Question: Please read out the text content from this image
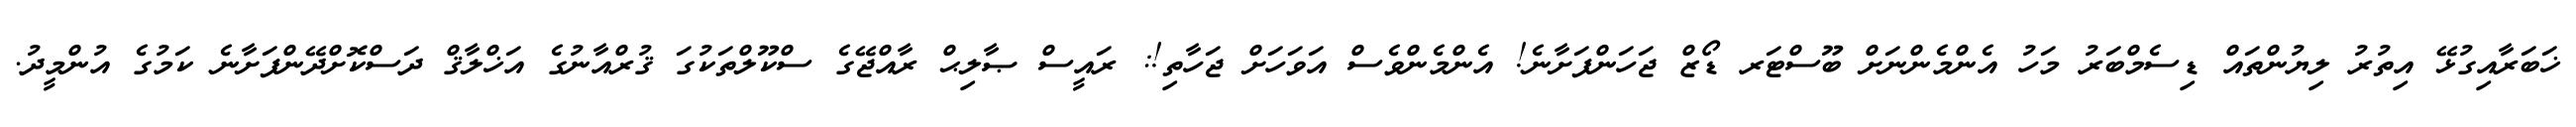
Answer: ޚަބަރާއިގުޅޭ އިތުރު ލިޔުންތައް ޑިސެމްބަރު މަހު އެންމެންނަށް ބޫސްޓަރ ޑޯޒް ޖަހަންފަށާނެ! އެންމެންވެސް އަވަހަށް ޖަހާތި!: ރައީސް ޞާލިޙް ރާއްޖޭގެ ސްކޫލްތަކުގަ ޤުރްއާނުގެ އަޚްލާޤް ދަސްކޮށްދޭންފަށާނެ ކަމުގެ އުންމީދު.